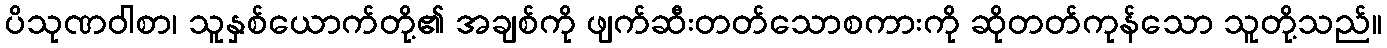
ပိသုဏဝါစာ၊ သူနှစ်ယောက်တို့၏ အချစ်ကို ဖျက်ဆီးတတ်သောစကားကို ဆိုတတ်ကုန်သော သူတို့သည်။